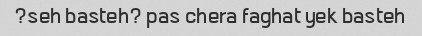
seh basteh? pas chera faghat yek basteh?